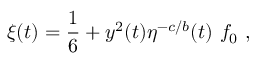
\xi ( t ) = { \frac { 1 } { 6 } } + y ^ { 2 } ( t ) \eta ^ { - c / b } ( t ) ~ f _ { 0 } ~ ,